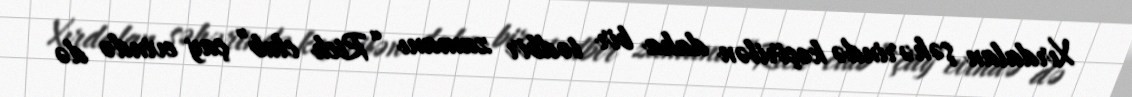
Xırdalan şəhərində keçirilən daha bir tədbir zamanı “Rich club” çay evində də